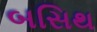
બસિથ